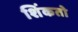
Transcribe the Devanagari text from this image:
शिंकतो